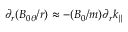
\partial _ { r } ( B _ { 0 \theta } / r ) \approx - ( B _ { 0 } / m ) \partial _ { r } k _ { \parallel }